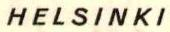
HELSINKI